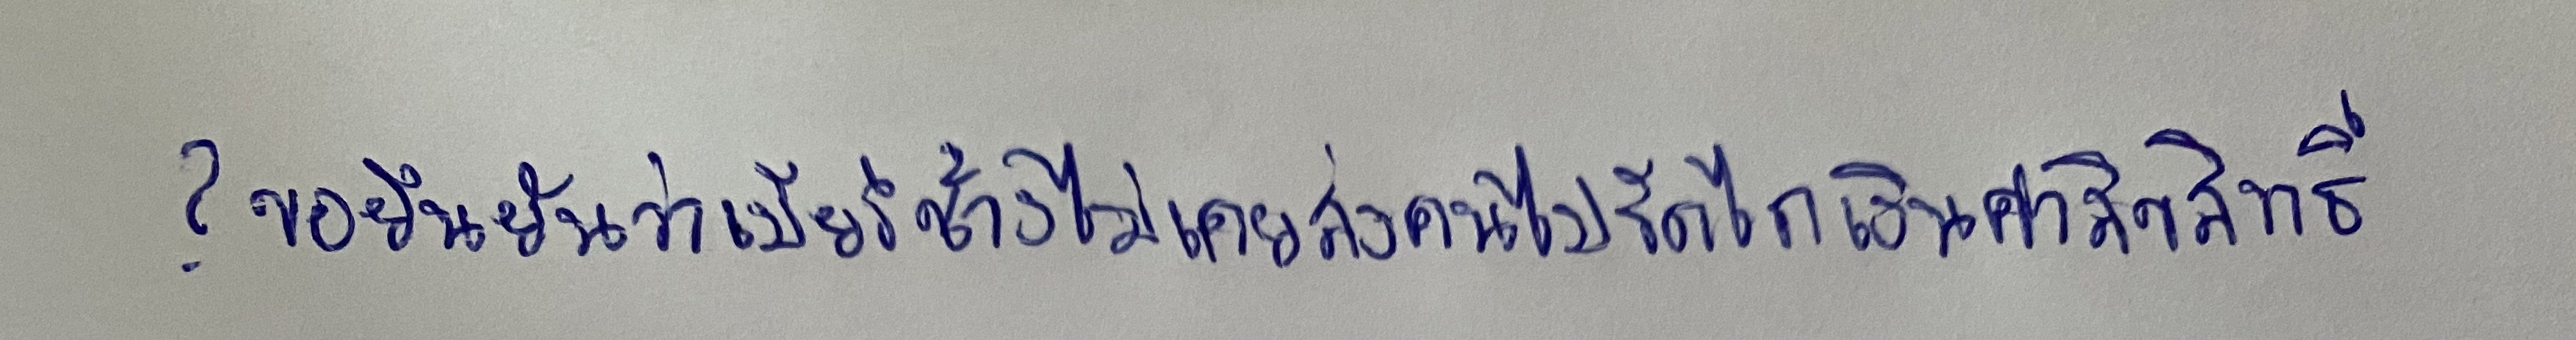
?ขอยืนยันว่าเบียร์ช้างไม่เคยส่งคนไปรีดไถเงินค่าลิขสิทธิ์